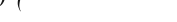
٤٩